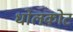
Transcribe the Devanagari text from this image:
धोलकोट